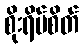
စိုးရိမ်စိတ်